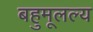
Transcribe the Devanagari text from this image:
बहुमूलल्य